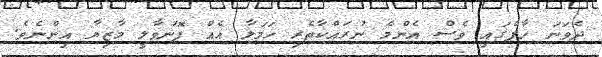
ދެވަނަ ހާފްގައި ވެސް އެންމެ ނުރައްކާތެރި ހަމަލާ އެއް ފޮނުވާލީ މާޒިޔާ އިންނެވެ.